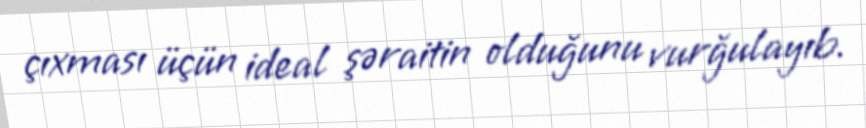
çıxması üçün ideal şəraitin olduğunu vurğulayıb.